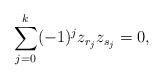
LaTeX: \begin{align*} \sum_{j=0}^{k}(-1)^jz_{r_j}z_{s_j}=0 , \end{align*}